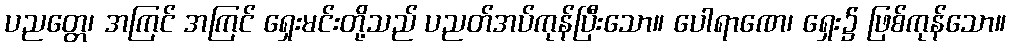
ပညတ္တေ၊ အကြင် အကြင် ရှေးမင်းတို့သည် ပညတ်အပ်ကုန်ပြီးသော။ ပေါရာဏေ၊ ရှေး၌ ဖြစ်ကုန်သော။